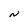
Character: N